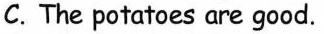
C. The potatoes are good.